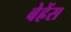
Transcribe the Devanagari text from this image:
बेह्रेंस